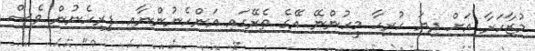
މުޒާހަރާ އަށް ދިޔަ ހުރިހާ މީހުންނޭ އޭގެ ތެރޭގައި އަންހެނުންނާއި ފިރިހެނުން ވެސް